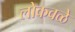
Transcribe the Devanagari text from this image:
लोकवळे